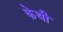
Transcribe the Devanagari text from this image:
केथी